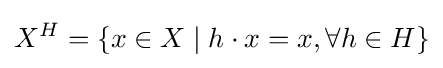
X^{H}=\{x\in X\mid h\cdot x=x,\forall h\in H\}